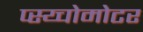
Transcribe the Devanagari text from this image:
प्स्य्चोमोटर